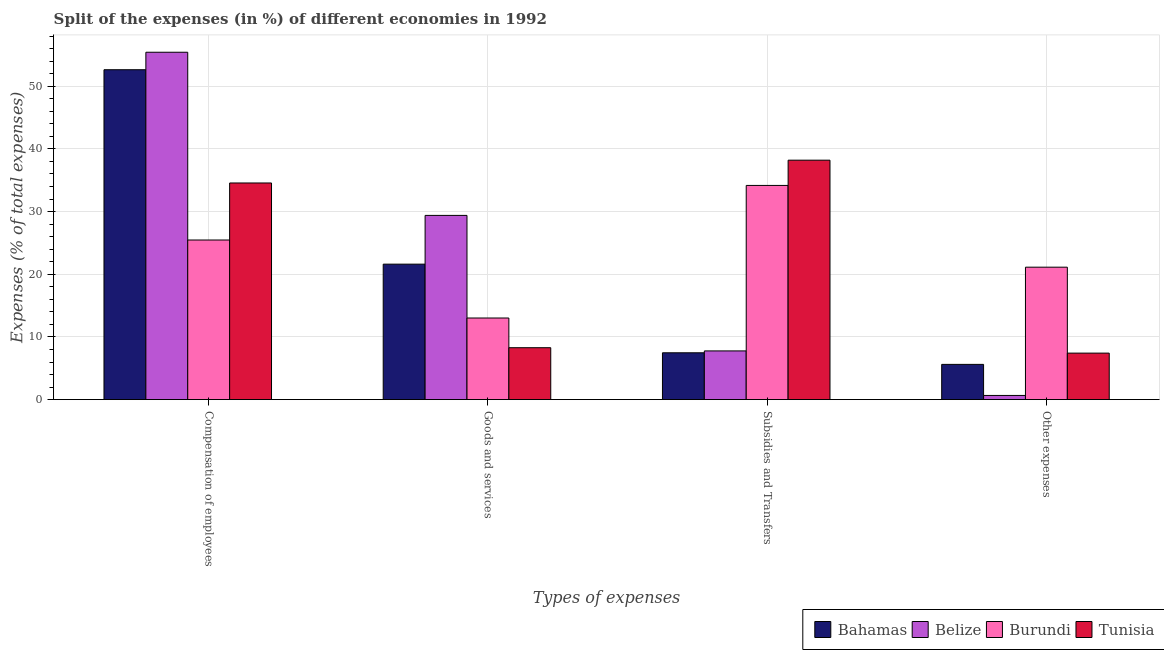
| Types of expenses | Bahamas | Belize | Burundi | Tunisia |
 | --- | --- | --- | --- | --- |
 | Compensation of employees | 52.6 | 55.4 | 25.5 | 34.6 |
 | Goods and services | 21.6 | 29.4 | 13 | 8.28 |
 | Subsidies and Transfers | 7.47 | 7.77 | 34.2 | 38.2 |
 | Other expenses | 5.62 | 0.664 | 21.1 | 7.42 |